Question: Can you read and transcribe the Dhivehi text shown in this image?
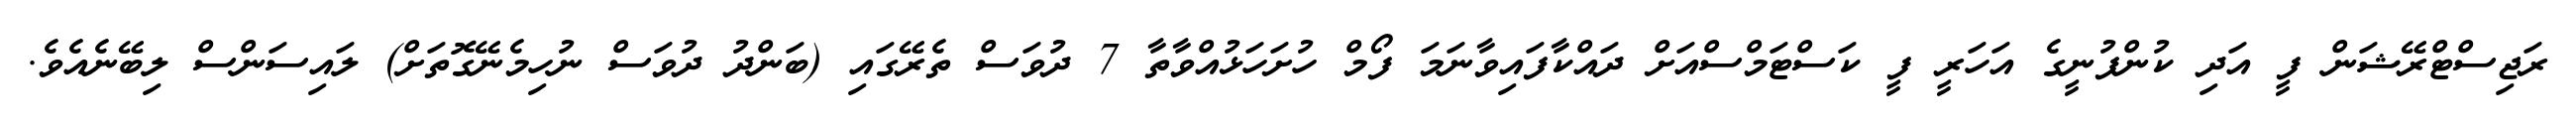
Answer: ރަޖިސްޓްރޭޝަން ފީ އަދި ކުންފުނީގެ އަހަރީ ފީ ކަސްޓަމްސްއަށް ދައްކާފައިވާނަމަ ފޯމް ހުށަހަޅުއްވާތާ 7 ދުވަސް ތެރޭގައި (ބަންދު ދުވަސް ނުހިމެނޭގޮތަށް) ލައިސަންސް ލިބޭނެއެވެ.